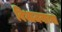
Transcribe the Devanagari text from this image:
विभाजनाच्या